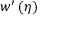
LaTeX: w ^ { \prime } \left( \eta \right)